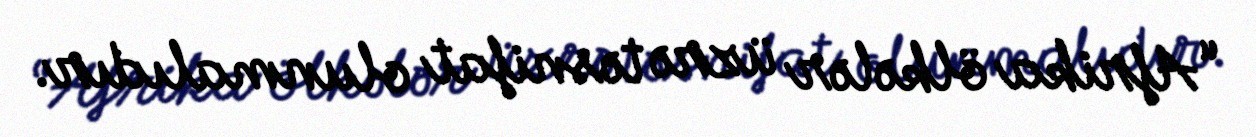
“Afrika ölkələr üzrə təsnifat olunmalıdır.